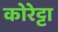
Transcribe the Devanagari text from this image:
कोरेट्टा